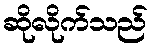
ဆိုလိုက်သည်